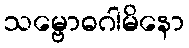
သမ္ဗောဓဂါမိနော